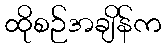
ထိုစဉ်အချိန်က